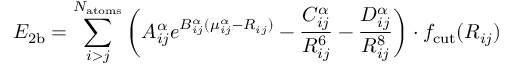
E _ { \mathrm { 2 b } } = \sum _ { i > j } ^ { N _ { \mathrm { a t o m s } } } \bigg ( A _ { i j } ^ { \alpha } e ^ { B _ { i j } ^ { \alpha } ( \mu _ { i j } ^ { \alpha } - R _ { i j } ) } - \frac { C _ { i j } ^ { \alpha } } { R _ { i j } ^ { 6 } } - \frac { D _ { i j } ^ { \alpha } } { R _ { i j } ^ { 8 } } \bigg ) \cdot f _ { \mathrm { c u t } } ( R _ { i j } )